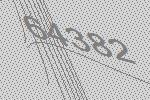
64382